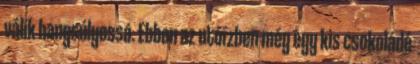
válik hangsúlyossá. Ebben az utóízben még egy kis csokoládé